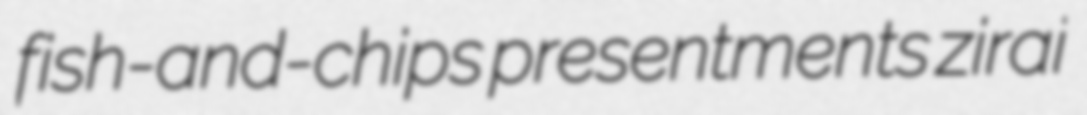
fish-and-chips presentments zirai